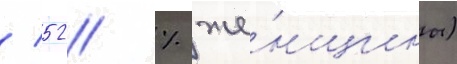
/ 52 % же́нщины)